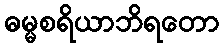
ဓမ္မစရိယာဘိရတော